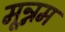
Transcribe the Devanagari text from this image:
मून्नम